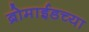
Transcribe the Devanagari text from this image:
ब्रोमाईडच्या